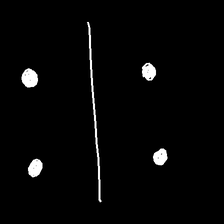
Glyph: cool